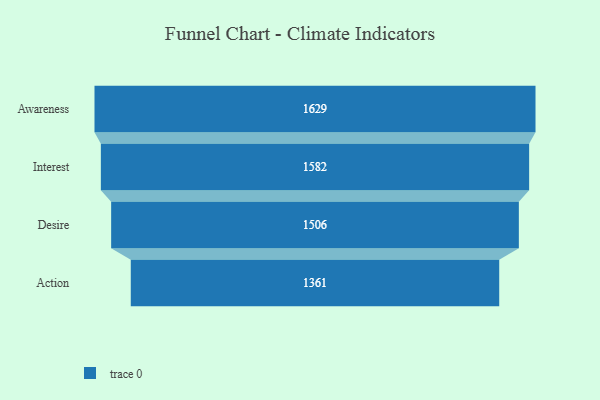
{"axis": {"x": "Stage", "y": "Value"}, "legend": [""], "data": [{"x": "Awareness", "y": 1629.0, "type": ""}, {"x": "Interest", "y": 1582.0, "type": ""}, {"x": "Desire", "y": 1506.0, "type": ""}, {"x": "Action", "y": 1361.0, "type": ""}]}